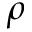
\rho